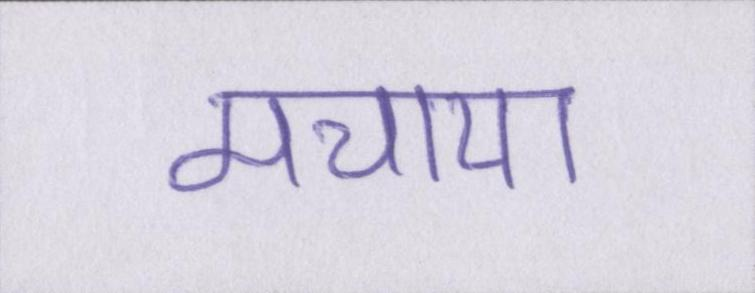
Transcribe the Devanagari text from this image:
मचाया